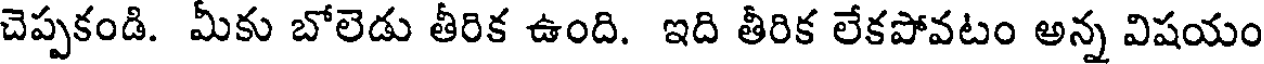
చెప్పకండి. మీకు బోలెడు తీరిక ఉంది. ఇది తీరిక లేకపోవటం అన్న విషయం